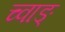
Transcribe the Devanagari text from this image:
च्वाङ्‌